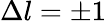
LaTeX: \Delta l=\pm 1